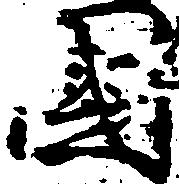
国